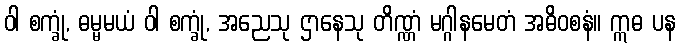
ဝါ စက္ခုံ, ဓမ္မမယံ ဝါ စက္ခုံ, အညေသု ဌာနေသု တိဏ္ဏံ မဂ္ဂါနမေတံ အဓိဝစနံ။ ဣဓ ပန